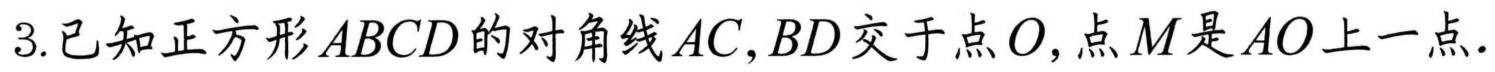
3.已知正方形\(ABCD\)的对角线\(AC,BD\)交于点\(O\),点\(M\)是\(AO\)上一点.